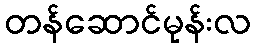
တန်ဆောင်မုန်းလ